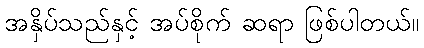
အနှိပ်သည်နှင့် အပ်စိုက် ဆရာ ဖြစ်ပါတယ်။